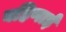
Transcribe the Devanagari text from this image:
बहिणाई